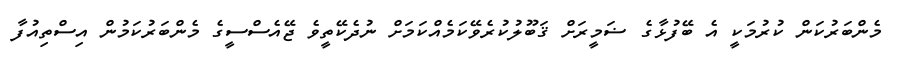
މެންބަރުކަން ކުރުމަކީ އެ ބޭފުޅާގެ ޟަމީރަށް ޤަބޫލުކުރެވޭކަމެއްކަމަށް ނުދެކޭތީވެ ޖޭއެސްސީގެ މެންބަރުކަމުން އިސްތިއުފާ